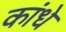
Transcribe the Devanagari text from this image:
कांधे